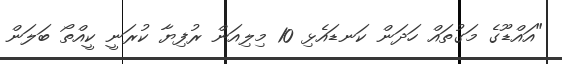
"އައްޑޫގެ މަގުތައް ހަދަން ކަނޑައެޅި 10 މިލިއަން ރުފިޔާ ކުރަނީ ކީއްތޯ ބަލަން